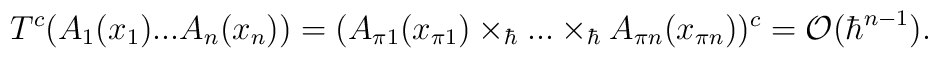
T^c\bigl(A_1(x_1)...A_n(x_n)\bigr)=(A_{\pi 1}(x_{\pi 1})\times_\hbar...\times_\hbar A_{\pi n}(x_{\pi n}))^c={\cal O}(\hbar^{n-1}).